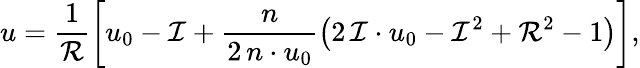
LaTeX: u=\frac{1}{\mathcal{R}}\left[u_{0}-\mathcal{I}+\frac{n}{2\, n\cdot u_{0}}\left(2\, \mathcal{I}\cdot u_{0}-\mathcal{I}^{2}+\mathcal{R}^{2}-1\right)\right],